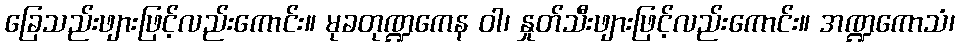
ခြေသည်းဖျားဖြင့်လည်းကောင်း။ မုခတုဏ္ဍကေန ဝါ၊ နှုတ်သီးဖျားဖြင့်လည်းကောင်း။ အဏ္ဍကောသံ၊